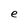
Character: e